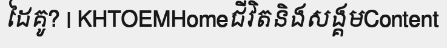
ដៃគូ? | KHTOEMHomeជីវិតនិងសង្គមContent